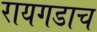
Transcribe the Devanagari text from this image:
रायगडाच